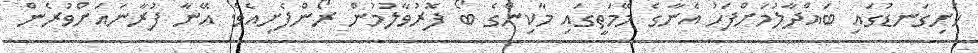
ހަށިގަނޑުގައި ބައްދާލުމަށްފަހު އެނާގެ މޭމަތީގައި މާކިންގެ ބޯ ފޮރުވާލުމުން ރޯންފެށިއެވެ. އޭނާ ފުރާނައަށްވުރެން